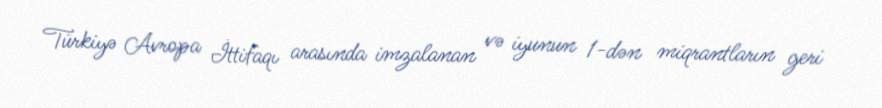
Türkiyə Avropa İttifaqı arasında imzalanan və iyunun 1-dən miqrantların geri